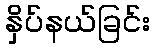
နှိပ်နယ်ခြင်း